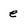
Character: e